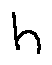
h